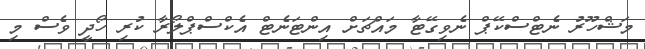
މަޝްހޫރު ނެޓްސްކޭޕް ނެވިގޭޓާ މައްޗަށް އިންޓަނެޓް އެކްސްޕްލޯރާ ކުރި ހޯދީ ވެސް މި